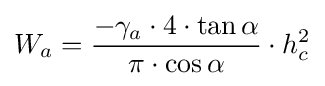
W_{a}={\frac {-\gamma _{a}\cdot 4\cdot \tan \alpha }{\pi \cdot \cos \alpha }}\cdot h_{c}^{2}